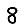
Digit: 8